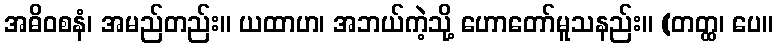
အဓိဝစနံ၊ အမည်တည်း။ ယထာဟ၊ အဘယ်ကဲ့သို့ ဟောတော်မူသနည်း။ (တတ္ထ၊ ပေ။